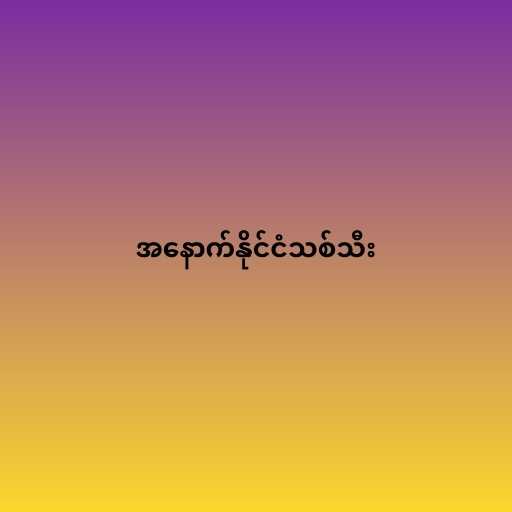
အနောက်နိုင်ငံသစ်သီး